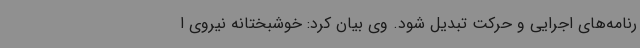
رنامه‌های اجرایی و حرکت تبدیل شود. وی بیان کرد: خوشبختانه نیروی ا